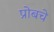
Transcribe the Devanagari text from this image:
प्रोबचे